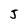
Character: J